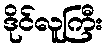
ဒိုင်လူကြီး